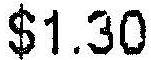
$1.30